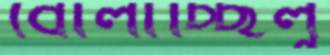
বোলাচ্ছিলু